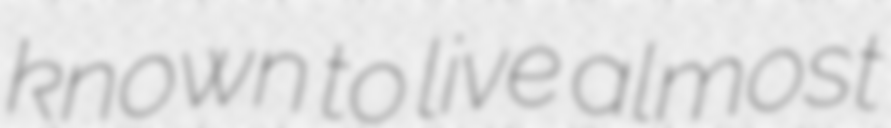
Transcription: known to live almost